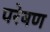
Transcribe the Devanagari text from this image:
परेषण